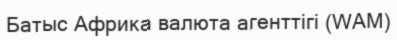
Батыс Африка валюта агенттігі (WAM)